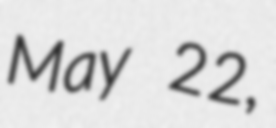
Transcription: May 22,